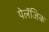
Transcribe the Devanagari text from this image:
पेलॅजिक